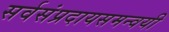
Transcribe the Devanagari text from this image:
सर्वसंप्रदायसमन्वयी